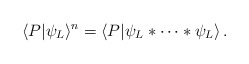
\begin{align*}\langle P|\psi_L\rangle^n=\langle P|\psi_L*\cdots *\psi_L\rangle\,.\end{align*}